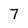
Character: 7